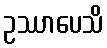
ဥဿာပေသိ